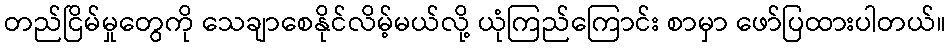
တည်ငြိမ်မှုတွေကို သေချာစေနိုင်လိမ့်မယ်လို့ ယုံကြည်ကြောင်း စာမှာ ဖော်ပြထားပါတယ်။